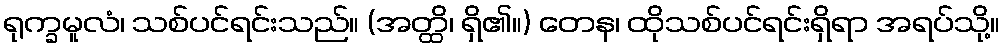
ရုက္ခမူလံ၊ သစ်ပင်ရင်းသည်။ (အတ္ထိ၊ ရှိ၏။) တေန၊ ထိုသစ်ပင်ရင်းရှိရာ အရပ်သို့။